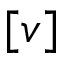
[ v ]